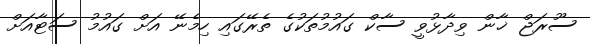
ސޫރަޖް ޚާން ވިދާޅުވީ ސާކް ގައުމުތަކުގެ ތެރޭގައި ހިމެނޭ އަށް ގައުމު ސަޓާއަށް